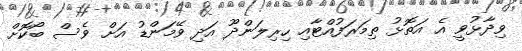
ވިދާޅުވީ އެ އަތޮޅު ތިމަރަފުއްޓާއި ހިރިލަންދޫ އަދި ވޭމަންޑު އަށް ވެސް ބޯކޮށް